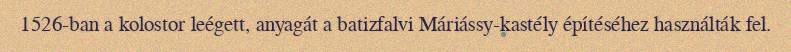
1526-ban a kolostor leégett, anyagát a batizfalvi Máriássy-kastély építéséhez használták fel.